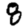
Digit: 8